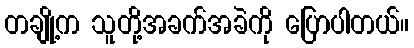
တချို့က သူတို့အခက်အခဲကို ပြောပါတယ်။